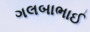
ગલબાભાઈ